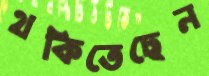
থকিতেছেন